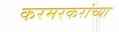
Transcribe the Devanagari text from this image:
करमरकरांच्या